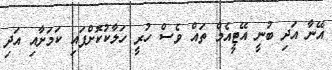
އޭނާ އަދި ބުނީ އޭޓީއެމް ތައް ވެސް ހުރީ ހަލާކުކޮށްފައި ކަމަށާއި އަދި